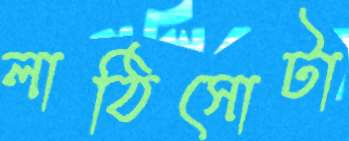
লাঠিসোটা